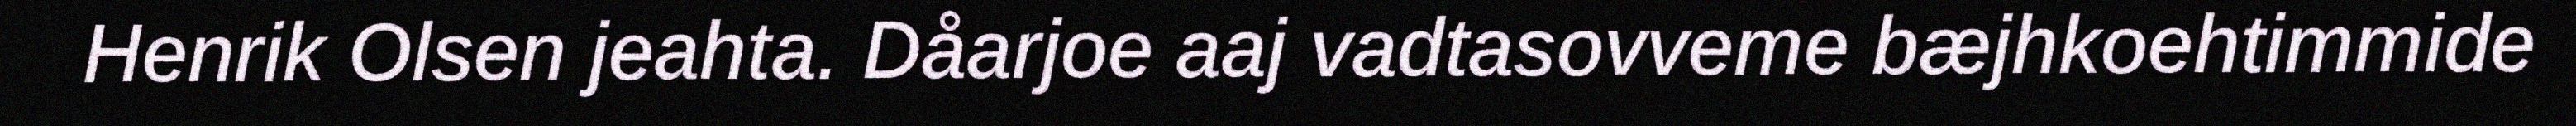
Henrik Olsen jeahta. Dåarjoe aaj vadtasovveme bæjhkoehtimmide